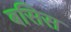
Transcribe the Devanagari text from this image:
बसिस